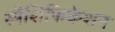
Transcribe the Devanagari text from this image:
स्पैशिफिकेशन